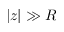
| z | \gg R